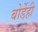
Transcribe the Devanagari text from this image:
बोर्डेही